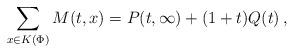
LaTeX: \begin{align*}\sum_{x\in K(\Phi)}M(t,x)=P(t,\infty)+(1+t)Q(t)\, ,\end{align*}